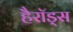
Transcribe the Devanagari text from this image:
हैरॉड्स